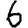
Digit: 6